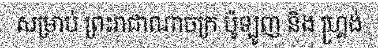
សម្រាប់ ព្រះរាជាណាចក្រ ប៉ូឡូញ និង ហ្គ្រង់